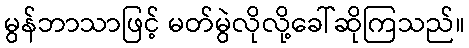
မွန်ဘာသာဖြင့် မတ်မွဲလိုလို့ခေါ်ဆိုကြသည်။